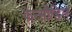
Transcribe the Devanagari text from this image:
फेन्सीडिल